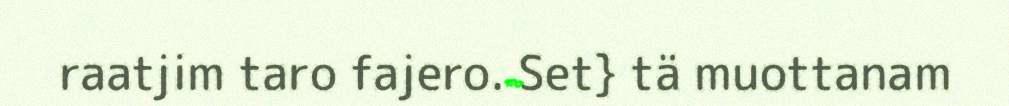
raatjim taro fajero. Set} tä muottanam